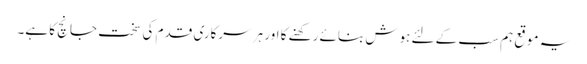
یہ موقع ہم سب کے لئے ہوش بنائے رکھنے کا اور ہر سرکاری قدم کی سخت جانچ کا ہے۔